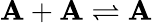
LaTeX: \mathbf{A}+\mathbf{A}\rightleftharpoons\mathbf{A}